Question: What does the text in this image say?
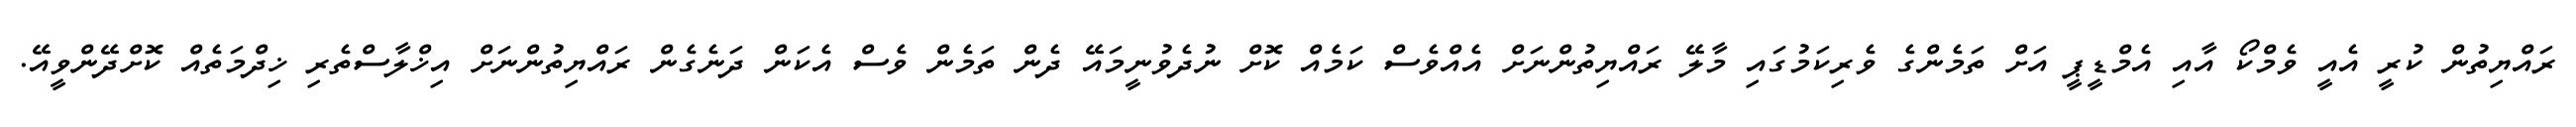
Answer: ރައްޔިތުން ކުރީ އެއީ ވެމްކޯ އާއި އެމްޑީޕީ އަށް ތަމެންގެ ވެރިކަމުގައި މާލޭ ރައްޔިތުންނަށް އެއްވެސް ކަމެއް ކޮށް ނުދެވުނީމައޭ ދެން ތަމެން ވެސް އެކަން ދަނެގެން ރައްޔިތުންނަށް އިޚްލާސްތެރި ޚިދްމަތެއް ކޮށްދޭންވީއޭ.